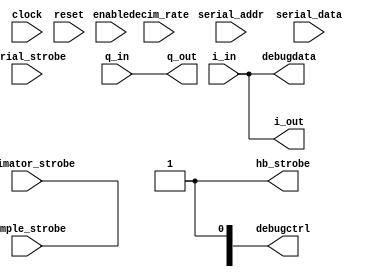
module rx_chain
  (input clock,
   input reset,
   input enable,
   input wire [7:0] decim_rate,
   input sample_strobe,
   input decimator_strobe,
   output wire hb_strobe,
   input [6:0] serial_addr, input [31:0] serial_data, input serial_strobe,
   input wire [15:0] i_in,
   input wire [15:0] q_in,
   output wire [15:0] i_out,
   output wire [15:0] q_out,
   output wire [15:0] debugdata,output wire [15:0] debugctrl
   );

   parameter FREQADDR = 0;
   parameter PHASEADDR = 0;
   
   wire [31:0] phase;
   wire [15:0] bb_i, bb_q;
   wire [15:0] hb_in_i, hb_in_q;
   
   assign      debugdata = hb_in_i;

`ifdef RX_NCO_ON
    phase_acc #(FREQADDR,PHASEADDR,32) rx_phase_acc
     (.clk(clock),.reset(reset),.enable(enable),
      .serial_addr(serial_addr),.serial_data(serial_data),.serial_strobe(serial_strobe),
      .strobe(sample_strobe),.phase(phase) );

   cordic rx_cordic
     ( .clock(clock),.reset(reset),.enable(enable), 
       .xi(i_in),.yi(q_in),.zi(phase[31:16]),
       .xo(bb_i),.yo(bb_q),.zo() );
`else
   assign bb_i = i_in;
   assign bb_q = q_in;
   assign sample_strobe = 1;
`endif // !`ifdef RX_NCO_ON
   
`ifdef RX_CIC_ON
   cic_decim cic_decim_i_0
     ( .clock(clock),.reset(reset),.enable(enable),
       .rate(decim_rate),.strobe_in(sample_strobe),.strobe_out(decimator_strobe),
       .signal_in(bb_i),.signal_out(hb_in_i) );
`else
   assign hb_in_i = bb_i;
   assign decimator_strobe = sample_strobe;
`endif
   
`ifdef RX_HB_ON
   halfband_decim hbd_i_0
     ( .clock(clock),.reset(reset),.enable(enable),
       .strobe_in(decimator_strobe),.strobe_out(hb_strobe),
       .data_in(hb_in_i),.data_out(i_out),.debugctrl(debugctrl) );
`else
   assign i_out = hb_in_i;
   assign hb_strobe = decimator_strobe;
`endif
   
`ifdef RX_CIC_ON
   cic_decim cic_decim_q_0
     ( .clock(clock),.reset(reset),.enable(enable),
       .rate(decim_rate),.strobe_in(sample_strobe),.strobe_out(decimator_strobe),
       .signal_in(bb_q),.signal_out(hb_in_q) );
`else
   assign hb_in_q = bb_q;
`endif

`ifdef RX_HB_ON
   halfband_decim hbd_q_0
     ( .clock(clock),.reset(reset),.enable(enable),
       .strobe_in(decimator_strobe),.strobe_out(),
       .data_in(hb_in_q),.data_out(q_out) );   
`else
   assign q_out = hb_in_q;
`endif


endmodule